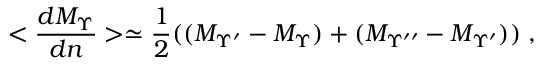
< \frac { d M _ { \Upsilon } } { d n } > \simeq \frac { 1 } { 2 } ( ( M _ { \Upsilon ^ { \prime } } - M _ { \Upsilon } ) + ( M _ { \Upsilon ^ { \prime \prime } } - M _ { \Upsilon ^ { \prime } } ) ) \; ,